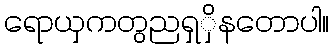
ရောယှကတွညရှှိနတောပါ။